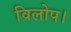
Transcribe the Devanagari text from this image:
विलोप।